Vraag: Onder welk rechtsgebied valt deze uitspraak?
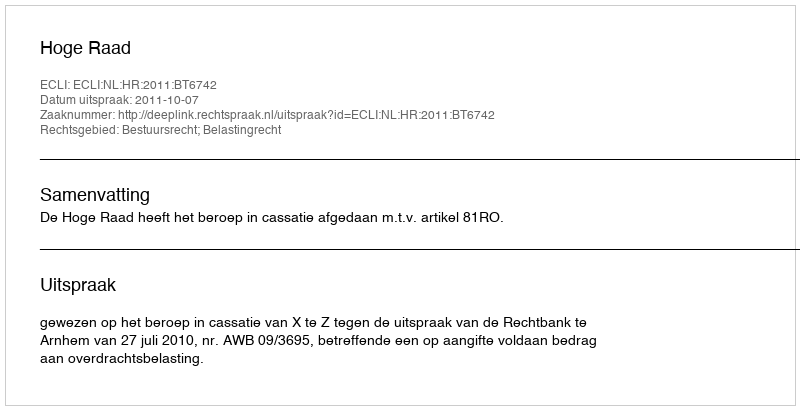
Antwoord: Bestuursrecht; Belastingrecht